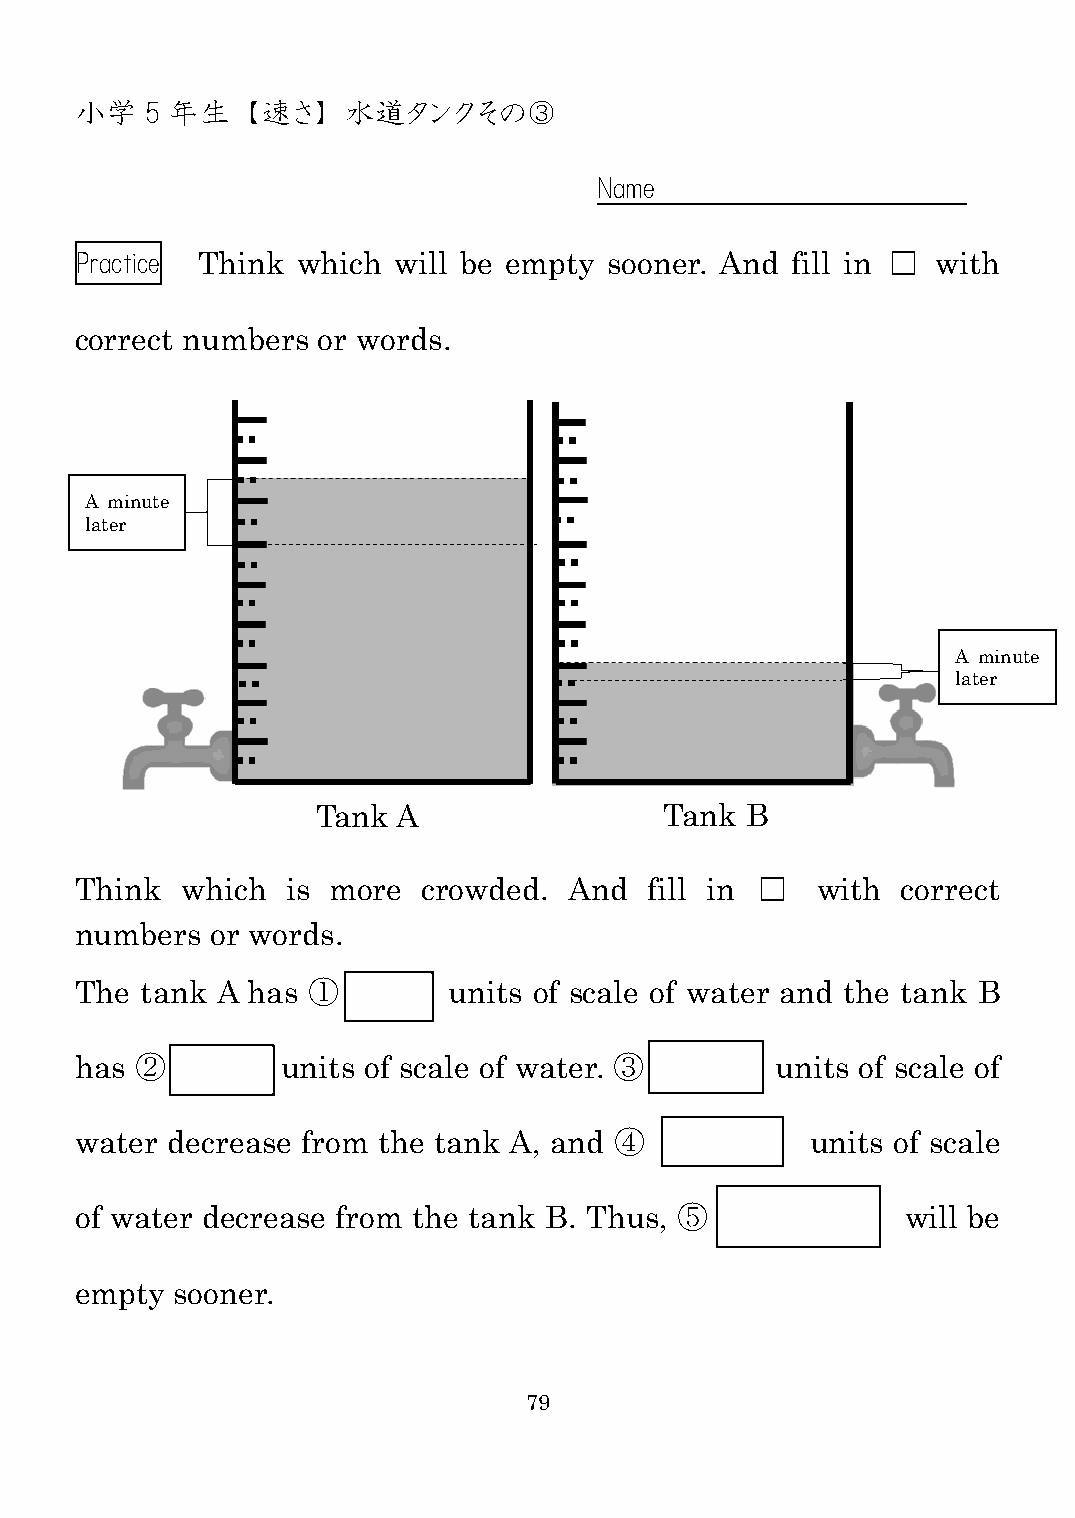
小学   5 年生  【速さ】   水道タンクその③
 Name
 Practice Think which will be empty sooner. And fill in □ with
 correct numbers or words.
 A minute
 later
 A minute
 later
 Tank A                 Tank B
 Think  which  is more  crowded.  And  fill in □  with  correct
 numbers  or words.
 The tank A has ①         units of scale of water and the tank B
 has ②         units of scale of water. ③      units of scale of
 water decrease from the tank A, and ④            units of scale
 of water decrease from the tank B. Thus, ⑤             will be
 empty  sooner.
 79